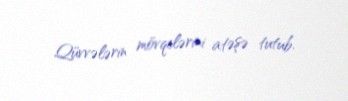
Qüvvələrin mövqelərini atəşə tutub.